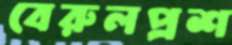
বেরুলপ্রশ